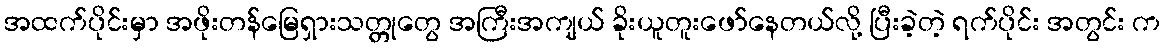
အထက်ပိုင်းမှာ အဖိုးတန်မြေရှားသတ္တုတွေ အကြီးအကျယ် ခိုးယူတူးဖော်နေတယ်လို့ ပြီးခဲ့တဲ့ ရက်ပိုင်း အတွင်း က